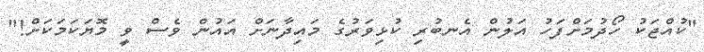
"ކުއްޖަކު ހޯދުމަށްފަހު އަލުން އެނބުރި ކުޅިވަރުގެ މައިދާނަށް އައުން ވެސް ވީ މޮޔަކަމަކަށް!"